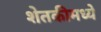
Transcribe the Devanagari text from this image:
शेतकीमध्ये